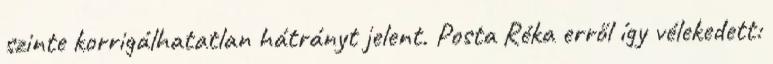
szinte korrigálhatatlan hátrányt jelent. Posta Réka erről így vélekedett: